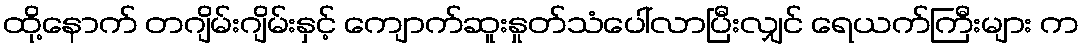
ထို့နောက် တဂျိမ်းဂျိမ်းနှင့် ကျောက်ဆူးနှုတ်သံပေါ်လာပြီးလျှင် ရေယက်ကြီးများ က